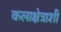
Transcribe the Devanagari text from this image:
कलाक्षेत्राशी